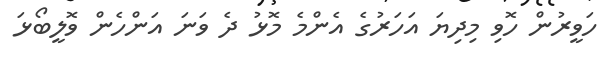
ހަވީރުން ހޮވި މިދިޔަ އަހަރުގެ އެންމެ މޮޅު ދެ ވަނަ އަންހެން ވޮލީބޯޅަ